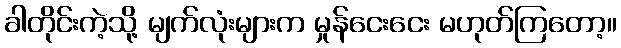
ခါတိုင်းကဲ့သို့ မျက်လုံးများက မှုန်ငေးငေး မဟုတ်ကြတော့။